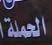
الحملة